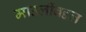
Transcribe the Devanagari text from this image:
माउलींबद्दल